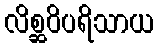
လိစ္ဆဝိပရိသာယ